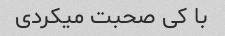
با کی صحبت میکردی